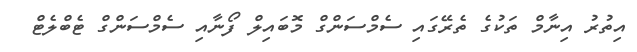
އިތުރު އިނާމް ތަކުގެ ތެރޭގައި ސެމްސަންގް މޮބައިލް ފޯނާއި ސެމްސަންގް ޓެބްލެޓް